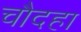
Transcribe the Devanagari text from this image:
चौदहा